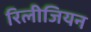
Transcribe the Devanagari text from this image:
रिलीजियन